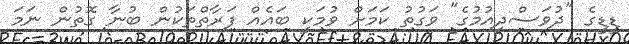
ޑީޑީގެ "ދުވަސްދިއުމުގެ" ވަގުތު ކަމަށް ވުމަކީ ބައެއް ފަރާތްތަކުން ބުނާ ގޮތުން ނަމަ